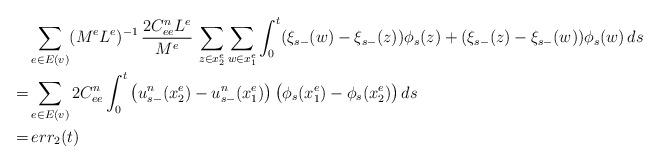
LaTeX: \begin{align*}&\sum_{e\in E(v)} (M^eL^e)^{-1}\,\frac{2C^n_{ee}L^e}{M^e}\, \sum_{z\in x^e_2} \sum_{w \in x^e_1} \int_0^t (\xi_{s-}(w) - \xi_{s-}(z)) \phi_s(z)+(\xi_{s-}(z) - \xi_{s-}(w)) \phi_s(w)\,ds \\=&\sum_{e\in E(v)}2C^n_{ee} \int_0^t\big(u^n_{s-}(x^e_2) - u^n_{s-}(x^e_1)\big)\, \big(\phi_s(x^e_1)-\phi_s(x^e_2) \big)\,ds \\=& \,err_2(t)\end{align*}